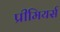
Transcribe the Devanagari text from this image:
प्रीमियर्स